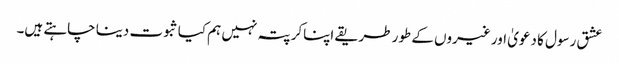
عشق رسول کا دعویٰ اور غیروں کے طور طریقے اپناکر پتہ نہیں ہم کیا ثبوت دینا چاہتے ہیں۔